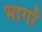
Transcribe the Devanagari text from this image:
भागॉ